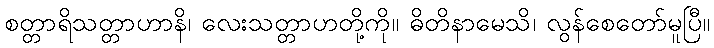
စတ္တာရိသတ္တာဟာနိ၊ လေးသတ္တာဟတို့ကို။ ဓိတိနာမေသိ၊ လွန်စေတော်မူပြီ။